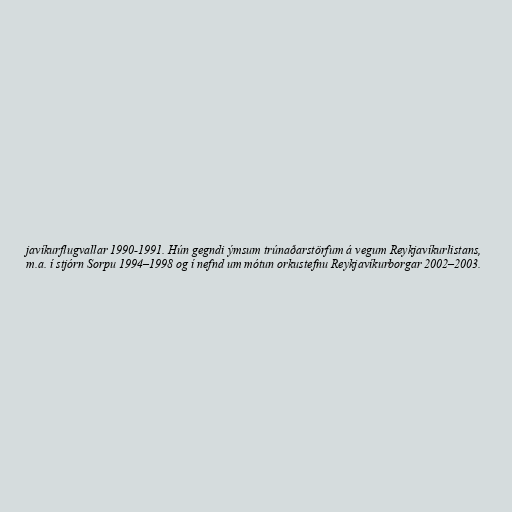
javíkurflugvallar 1990-1991. Hún gegndi ýmsum trúnaðarstörfum á vegum Reykjavíkurlistans,
m.a. í stjórn Sorpu 1994–1998 og í nefnd um mótun orkustefnu Reykjavíkurborgar 2002–2003.